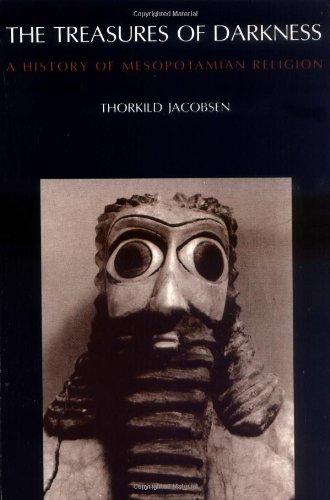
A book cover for The Treasures of Darkness: A History of Mesopotamian Religion; Thorkild Jacobsen; Science & Math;